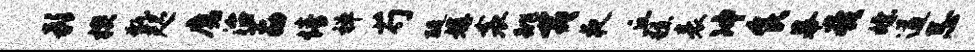
影楔甑咫魔治荔情禅芍醍媾衾跳夷夜丘糕表冲食幕亮嫖遒忌